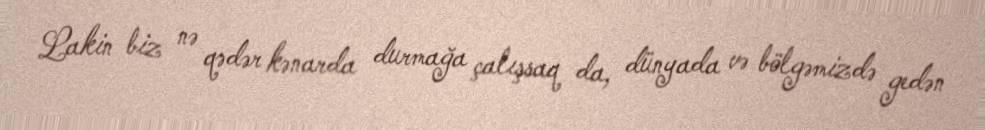
Lakin biz nə qədər kənarda durmağa çalışsaq da, dünyada və bölgəmizdə gedən